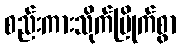
စည်းကားသိုက်မြိုက်စွာ